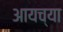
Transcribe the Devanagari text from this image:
आयच्या